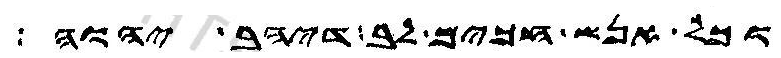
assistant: וכל אנש חכים לב דיהב יהוה